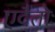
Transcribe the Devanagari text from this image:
एदैतोः